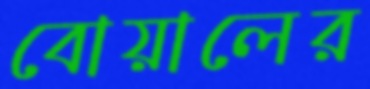
বোয়ালের